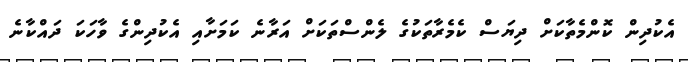
އެކުދިން ކޮންމެތާކަށް ދިޔަސް ކެމެރާތަކުގެ ލެންސްތަކަށް އަރާނެ ކަމަށާއި އެކުދިންގެ ވާހަކަ ދައްކާނެ